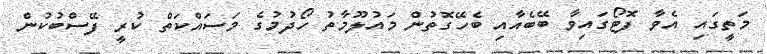
މަތީގައި އެވާ ފޮޓޯގައިވާ ބޭބެއާއި ބެހޭގޮތުން މައުލޫމާތު ހޯދުމުގެ މަސައްކަތް ކުރީ ފޭސްބުކުން